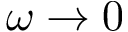
\omega \rightarrow 0